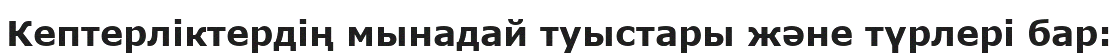
Кептерліктердің мынадай туыстары және түрлері бар: